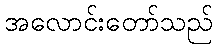
အလောင်းတော်သည်